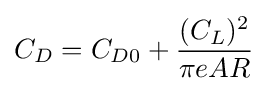
C_{D}=C_{D0}+{\frac {(C_{L})^{2}}{\pi eAR}}